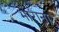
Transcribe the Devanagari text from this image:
भाराना